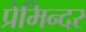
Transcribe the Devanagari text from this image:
प्रेमिन्दर